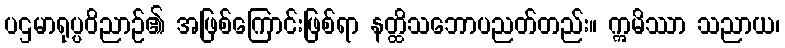
ပဌမာရုပ္ပဝိညာဉ်၏ အဖြစ်ကြောင်းဖြစ်ရာ နတ္ထိသဘောပညတ်တည်း။ ဣမိဿာ သညာယ၊